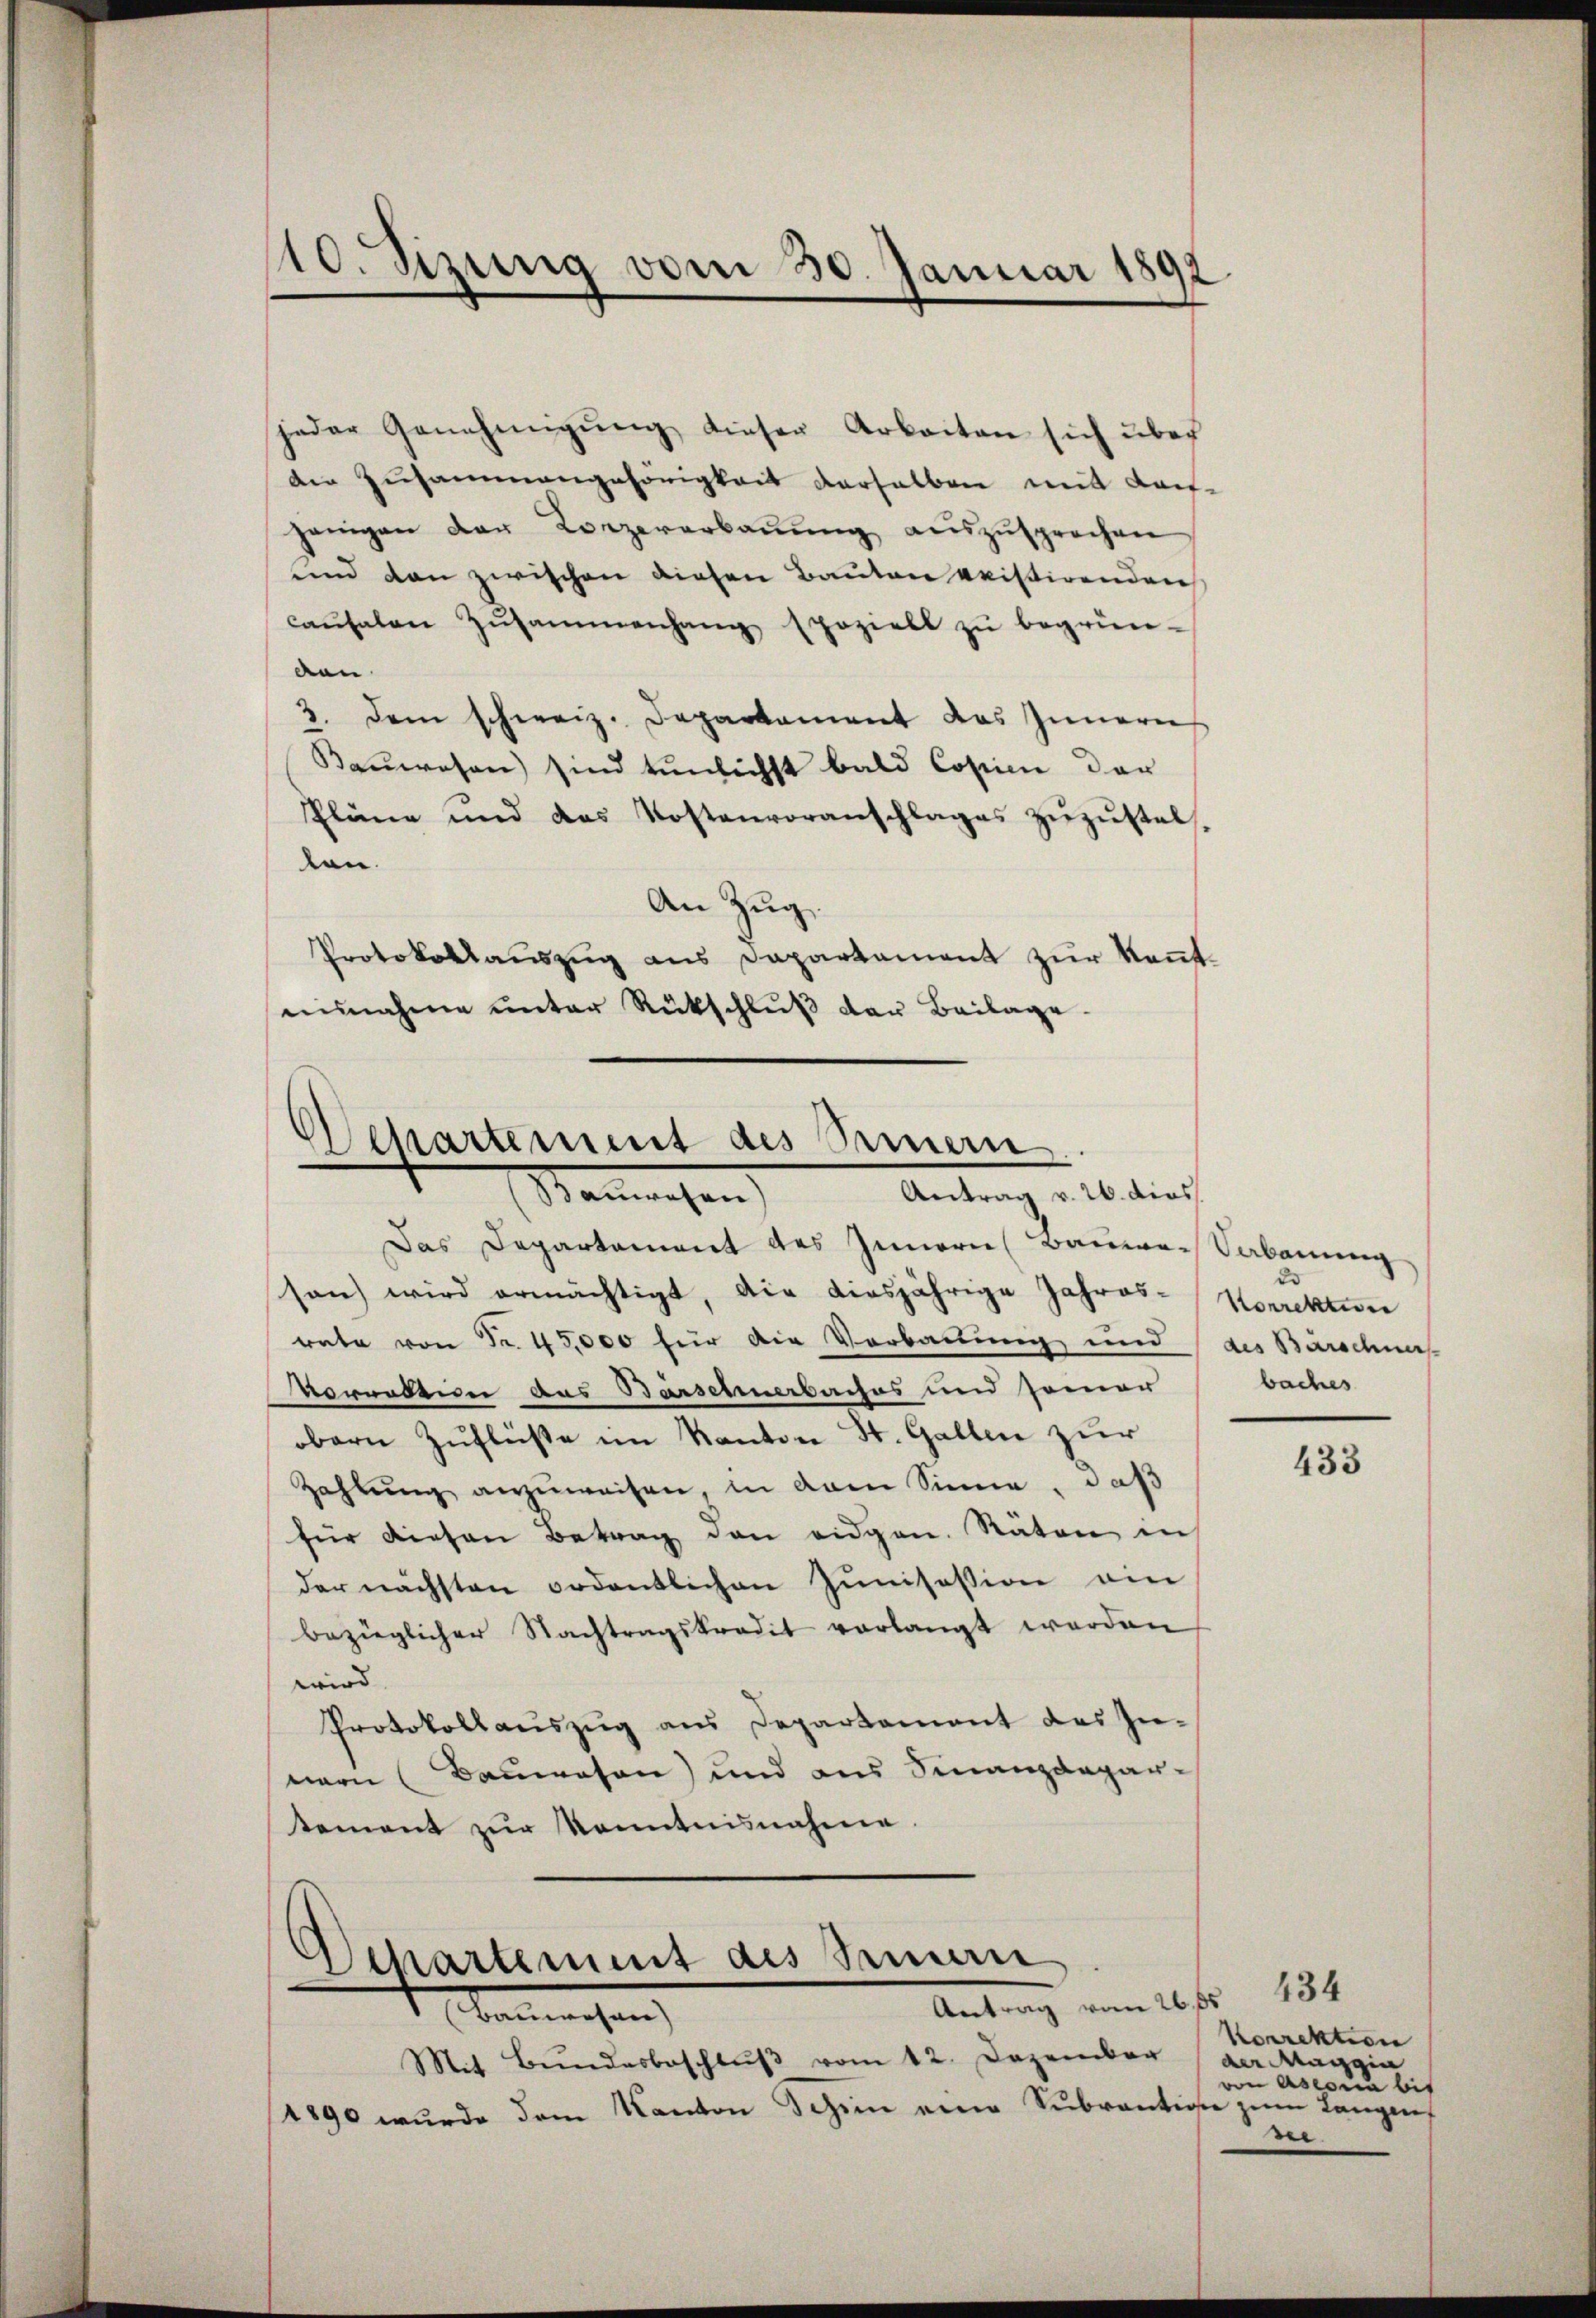
10. Sizung vom 30. Januar 1892

jeder Genehmigŭng dieser Arbeiten sich über
die Zusammengehörigkeit derselben mit Kon-
jenigen der Konzererbaŭŭng aŭszŭsprochen
und den zwischen diesen Bauten pristirenden
causalen Zŭsammenhang speziell zŭ begrün-
den
3. dem schweiz. Departament das Innern
Bauwesen sind tunlichst bald Copien der
Pläne und das Kostenvoranschlages zŭzŭstel-
ton.
An Zug,
Protokollauszug aus Dapartament zur Kenntnŭnahme unter Rückschlŭβ der Beilage.

Departement des Semmern
Baŭwesen) Antrag v. 26. dies

Das Departement des Innern Bauwe-Vabauung
san wird ermächtigt, die diesjährige Jahres-
rate von Fr. 45,000 für die Verbauung und des Barschnis
Vornattin das Barschmerbaches und seiner
obern Zuflüße im Kanton St. Gallen zur
Zahlung anzuweisen, in dem Sinne, daß
für diesen Betrag den eidgen. Räten in
der nächsten ordentlichen Junisession ein
bezieglicher Nachtragskredit verlangt werden
wird.
Protokollauszug aus Departement des Innern (Bauwesen) und aus Finanzdepar-
tement zŭr Kenntnisnahme.

Departement des Semen
Antrag vom 26. 55
 beliehen

Mit Bŭndesbeschlŭβ vom 12. Dezember
1890 wurde dem Kanton Schein eine Subrantige zum Langen

2
Korrektione
baches

433

434
Korrektion
der Maggia
von Ascona bis
ber.